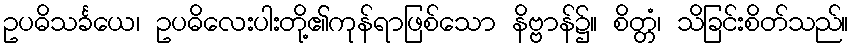
ဥပဓိသင်္ခယေ၊ ဥပဓိလေးပါးတို့၏ကုန်ရာဖြစ်သော နိဗ္ဗာန်၌။ စိတ္တံ၊ သိခြင်းစိတ်သည်။